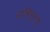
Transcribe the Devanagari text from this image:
वांगिपुरप्पू